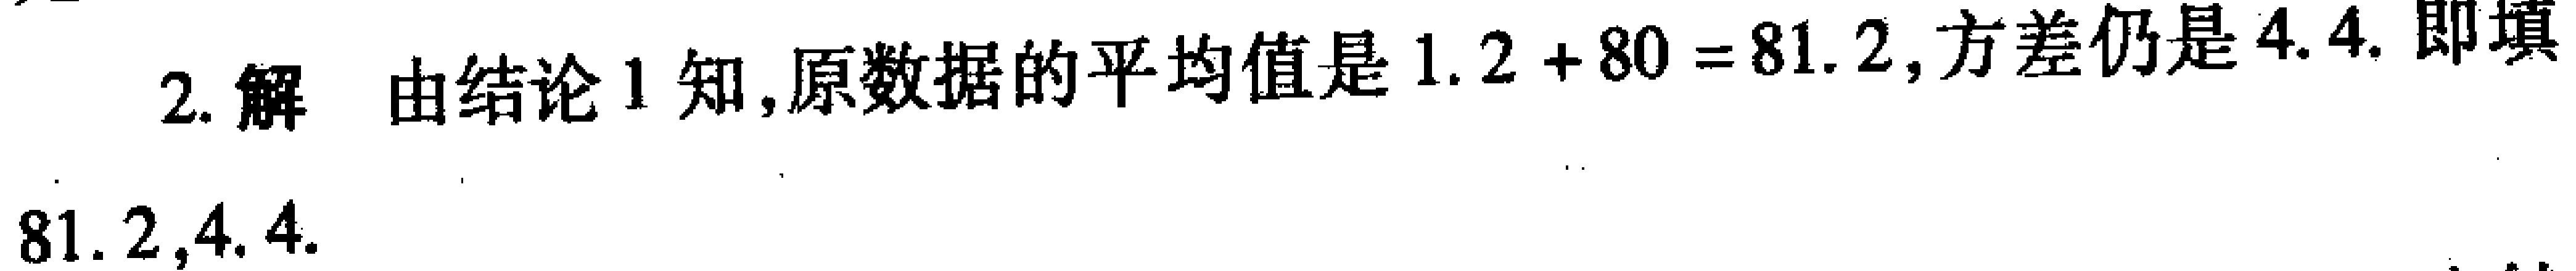
2. 解 由结论 1 知,原数据的平均值是 \(1.2 + 80 = 81.2\),方差仍是 \(4.4\). 即填 \(81.2,4.4\).